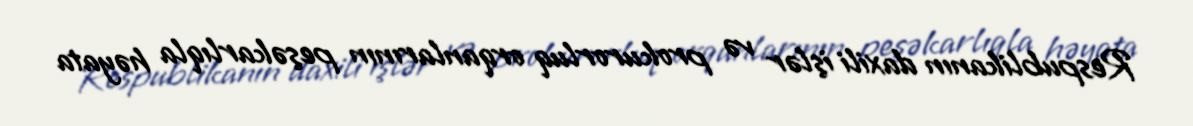
Respublikanın daxili işlər və prokurorluq orqanlarının peşəkarlıqla həyata